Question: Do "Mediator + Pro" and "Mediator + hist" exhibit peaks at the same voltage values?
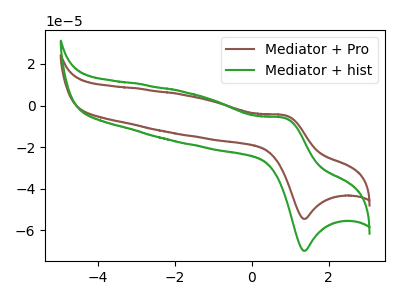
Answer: <think>The brown curve "Mediator + Pro" has an anodic peak at (0.85V, -4.70uA) and a cathodic peak at (1.40V, -54.45uA). The green curve "Mediator + hist" has an anodic peak at (0.85V, -6.05uA) and a cathodic peak at (1.40V, -69.80uA).</think>
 <answer>Yes, "Mediator + Pro" have a peak in "Mediator + hist" at the same potential.</answer>
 <eval>match</eval>